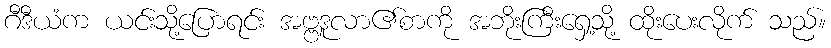
ဂီဒီယံက ယင်းသို့ပြောရင်း အဗ္ဗဒူလာ၏စာကို အဘိုးကြီးရှေ့သို့ ထိုးပေးလိုက် သည်။